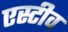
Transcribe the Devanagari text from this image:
एस्टीव